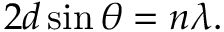
2 d \sin \theta = n \lambda .